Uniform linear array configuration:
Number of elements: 32
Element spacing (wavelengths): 0.75
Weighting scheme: exponential
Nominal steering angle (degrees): -30
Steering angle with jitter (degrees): -28.115
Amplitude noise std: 0.05
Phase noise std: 0.05

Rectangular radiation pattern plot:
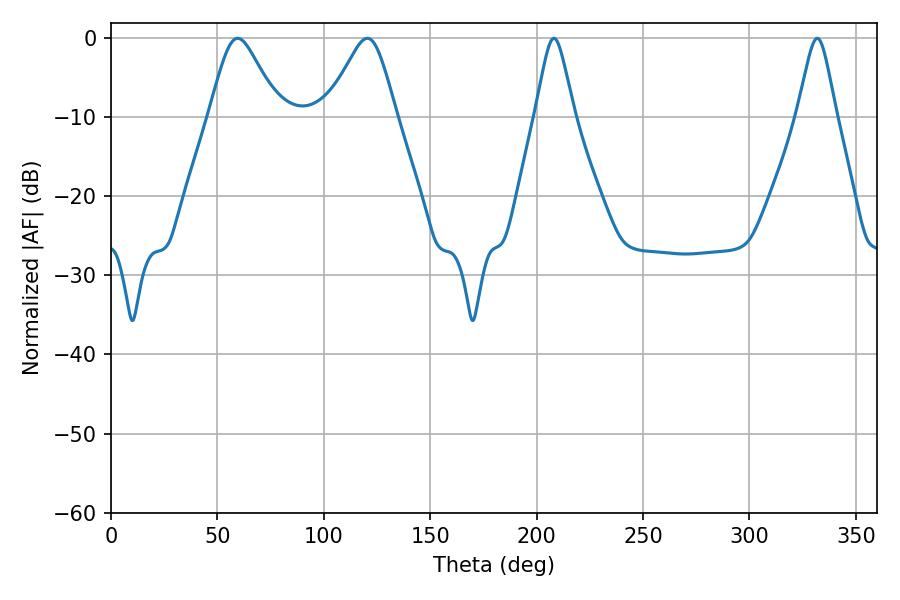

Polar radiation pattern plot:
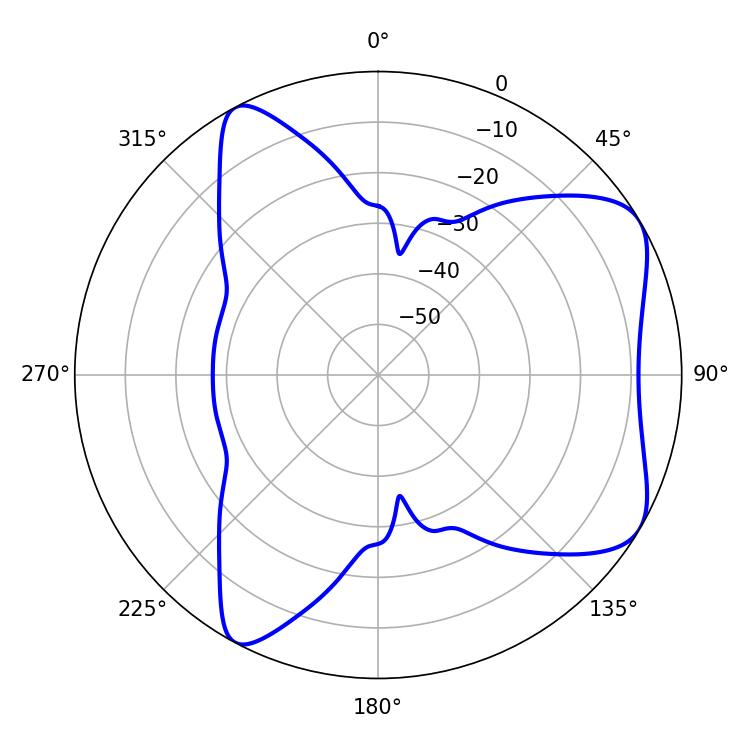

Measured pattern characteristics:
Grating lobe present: TRUE
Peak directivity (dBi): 6.643
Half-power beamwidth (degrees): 15.84
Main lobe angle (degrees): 59.58